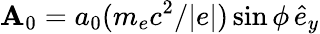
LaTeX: \mathbf{A}_{0}=a_{0}(m_{e}c^{2}/|e|)\sin\phi\, \hat{e}_{y}